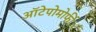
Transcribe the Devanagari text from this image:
ऑटेपोमोर्फी